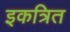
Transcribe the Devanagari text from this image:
इकत्रित